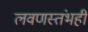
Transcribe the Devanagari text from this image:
लवणस्तंभही